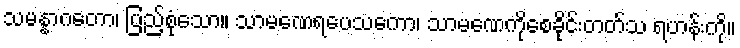
သမန္နာဂတော၊ ပြည့်စုံသော။ သာမဏေရပေသကော၊ သာမဏေကိုစေခိုင်းတတ်သ ရဟန်းကို။